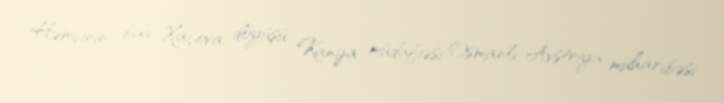
Həmçinin bax Xaçova döyüşü Kanija müdafiəsi Osmanlı-Avstriya müharibəsi